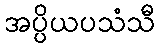
အပ္ပိယပသံသီ